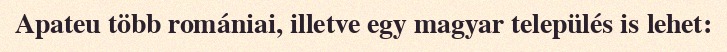
Apateu több romániai, illetve egy magyar település is lehet: